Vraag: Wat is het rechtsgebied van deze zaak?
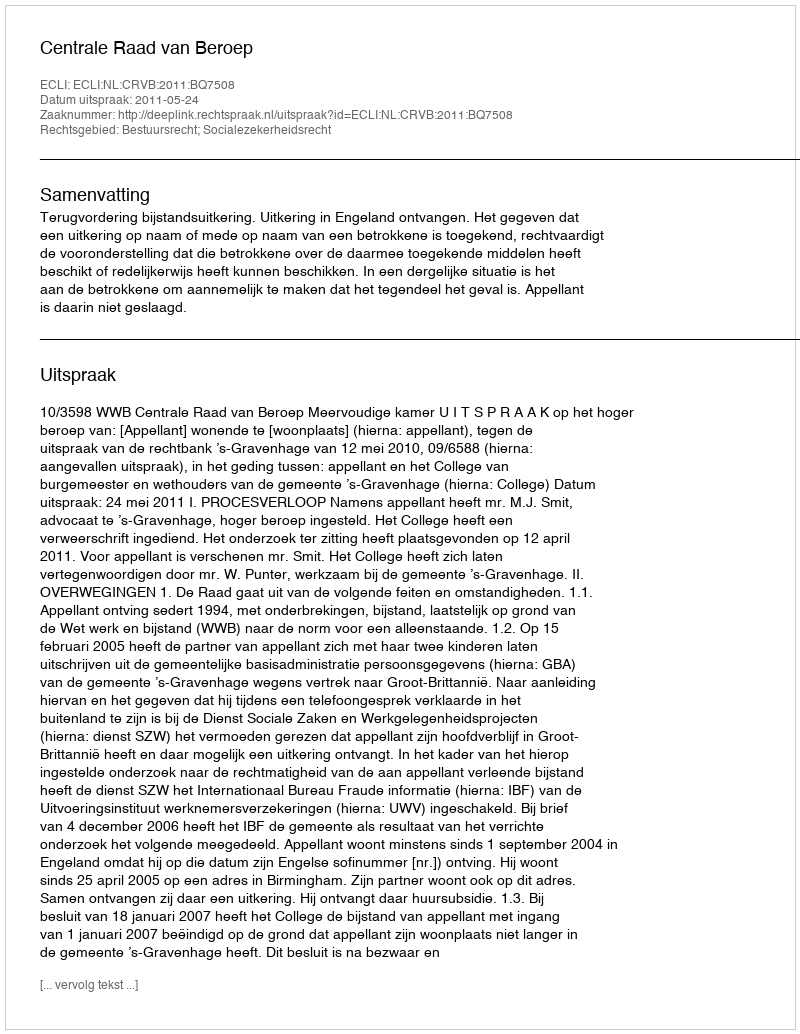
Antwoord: Bestuursrecht; Socialezekerheidsrecht